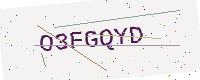
Text: O3FGQYD